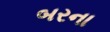
બરના